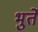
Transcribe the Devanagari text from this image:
भुर्ते